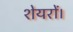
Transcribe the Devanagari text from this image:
शेयरों।